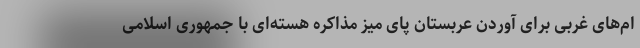
ام‌های غربی برای آوردن عربستان پای میز مذاکره هسته‌ای با جمهوری اسلامی